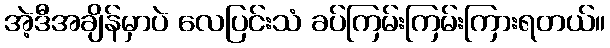
အဲ့ဒီအချိန်မှာပဲ လေပြင်းသံ ခပ်ကြမ်းကြမ်းကြားရတယ်။